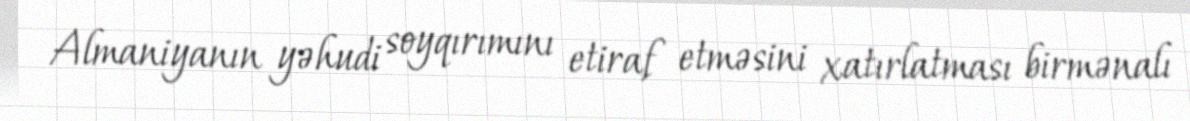
Almaniyanın yəhudi soyqırımını etiraf etməsini xatırlatması birmənalı